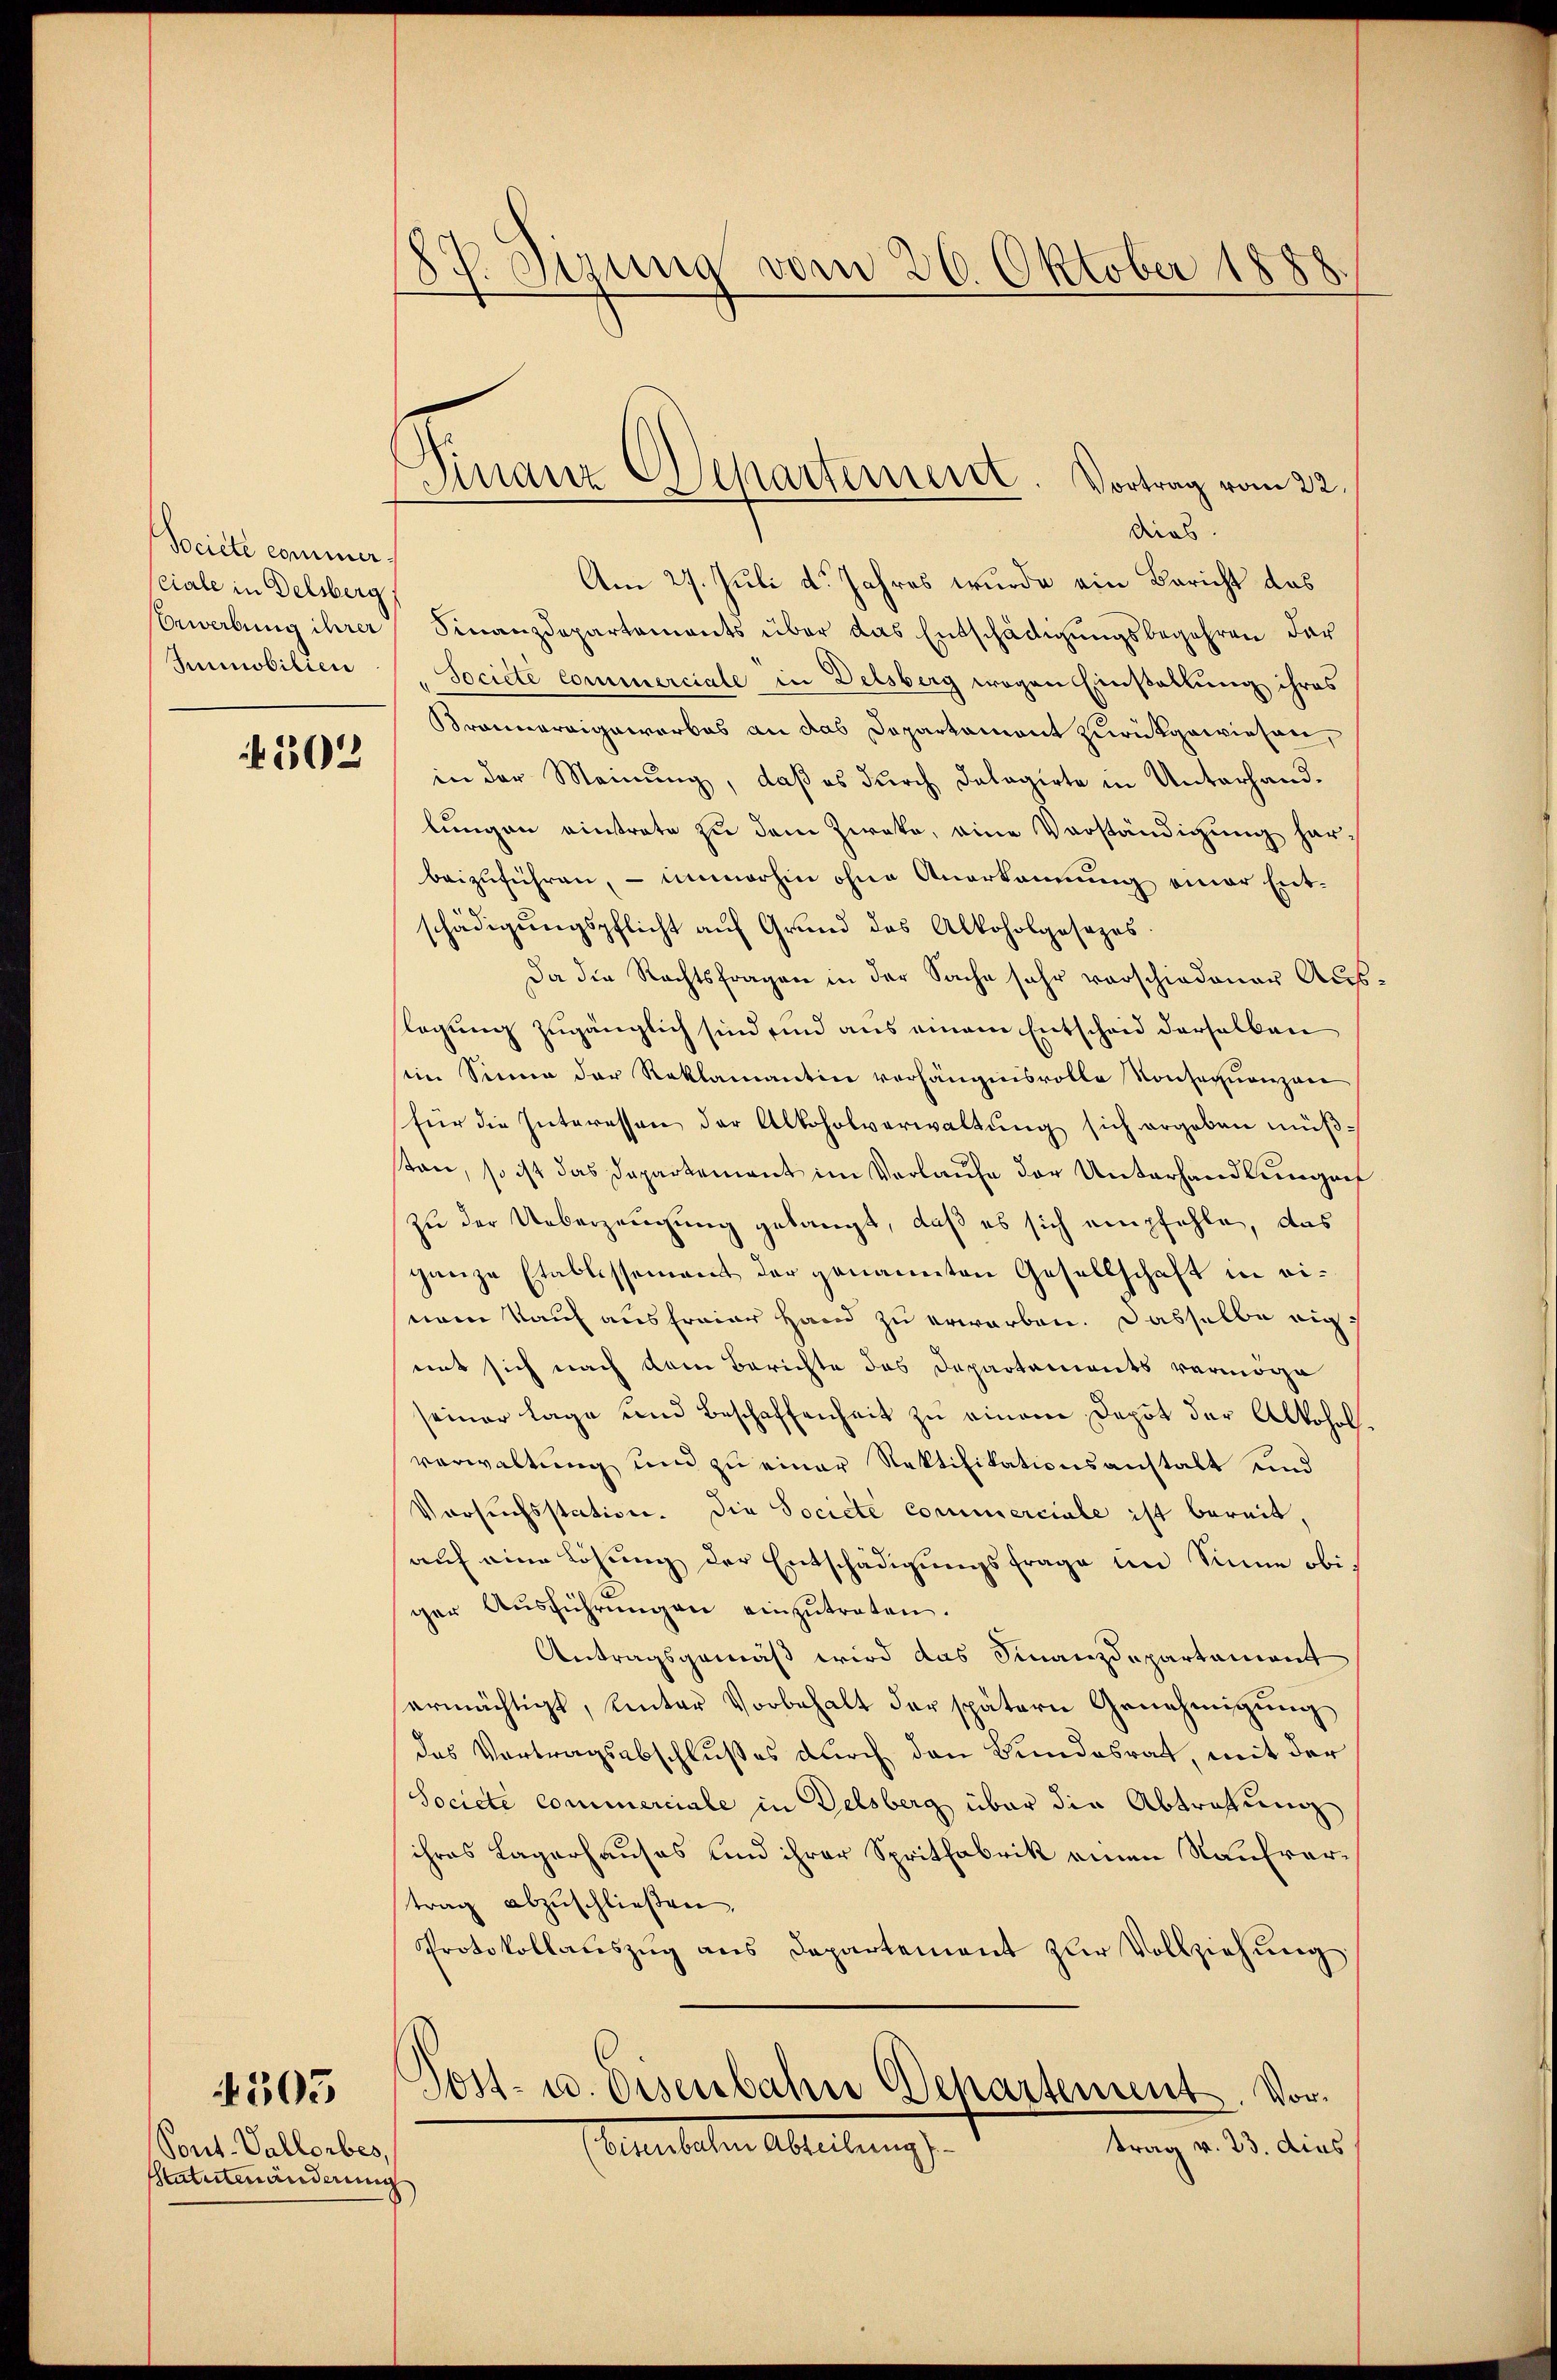
Societe commer.
ciale in Delsberg
Bewerbung ihrer
Immobilien

502

Pont. Vallorbes,
Statutenänderen

4503

87. Sizung vom 26. Oktober 1888

Finanz Separtement. Vortrag vom 22.

dies
Am 27. Juli d. Jahres wurde ein Bericht das
Finanzdepartements über das Entschädigungsbegehren dar
Societe Commerciale in Delsberg wegen Einstellung ihres
Brannereigewarbes an das Dapartament zurückgewiesen,
in der Meinung, daß es durch Dalagirte in Unterhandlungen einstrate zu dem Zweke, eine Vorständigung har-
beizuführen, – immerhin ohne Anerkennung einer Ent¬
.
schädigŭngspflicht aŭf Grund das Alkoholgesezes.
Da die Rechtsfragen in der Sache sehr verschiedener Auslegung zugänglich sind sind aus einem Entscheid derselben
im Sinne der Reklamantin verhängnisvolle Konsequenzen
für die Interessen der Alkoholverwaltŭng sich ergeben müßsten, so ist das Departement im Verlaufe der Unterhandlungen
zu der Ueberzeugung gelangt, daß es sich empfehle, das
ganze Etablissement der genannten Gesellschaft in einem Kauf ausfreier Hand zu erwarben. Dasselbe nic
mit sich nach dem Berichte das Departements vermöge
seiner Lage und Beschaffenheit zu einem Depot der Alkohol.
verwaltung und zu einer Rektifikationsanstalt und
Versuchsstation. Die Societe Commerciale ist bereit,
auf eine Lösung der Entschädigungsfrage im Sinne obiger Aŭsführŭngen einzŭtreten.
Antragsgemäß wird das Finanzdepartement
ermächtigt, unter Vorbehalt der spätern Genehmigung
das Vertragsabschlußes durch den Bundesrat, mit der
Societe commerciale in Delsberg über die Abtrafung
ihres Lagerhauses und ihrer Spritfabrik einen Nauerartrag abzŭschließen.
Protokollaŭszŭg ans Departement zŭr Vollziehŭng.
Sost- u. Eisenbahn Departement. Vortrag v. 23. dies
Comeleiten Abteilung
i